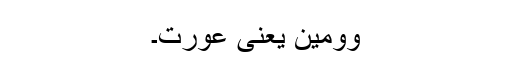
وومین یعنی عورت۔